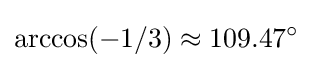
\arccos(-1/3)\approx 109.47^{\circ }